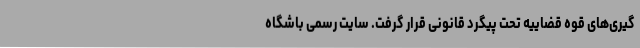
گیری‌های قوه قضاییه تحت پیگرد قانونی قرار گرفت. سایت رسمی باشگاه